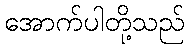
အောက်ပါတို့သည်